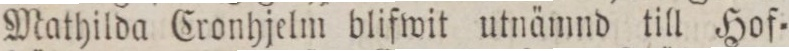
Mathilda Cronhjelm blifwit utnämnd till Hof=